Indian journal of veterinary science and animal husbandry - Volume 7,
Year: 1937
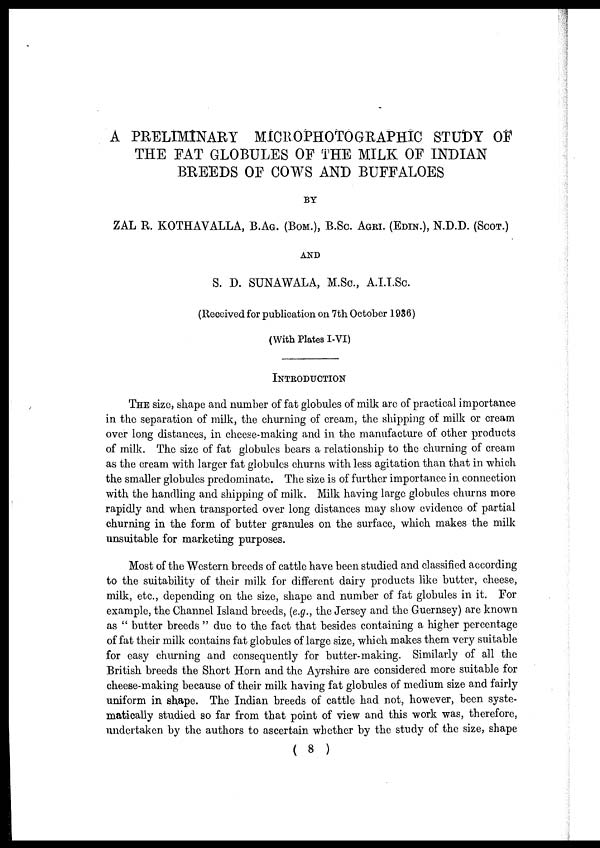
A PRELIMINARY MICROPHOTOGRAPHIC STUDY OF
THE FAT GLOBULES OF THE MILK OF INDIAN
BREEDS OF COWS AND BUFFALOES
BY
ZAL R. KOTHAVALLA, B.AG. (BOM.), B.SC. AGRI. (EDIN.), N.D.D. (SCOT.)
AND
S. D. SUNAWALA, M.Sc., A.I.I.Sc.
(Received for publication on 7th October 1936)
(With Plates I-VI)
INTRODUCTION
THE size, shape and number of fat globules of milk are of practical importance
in the separation of milk, the churning of cream, the shipping of milk or cream
over long distances, in cheese-making and in the manufacture of other products
of milk. The size of fat globules bears a relationship to the churning of cream
as the cream with larger fat globules churns with less agitation than that in which
the smaller globules predominate. The size is of further importance in connection
with the handling and shipping of milk. Milk having large globules churns more
rapidly and when transported over long distances may show evidence of partial
churning in the form of butter granules on the surface, which makes the milk
unsuitable for marketing purposes.
Most of the Western breeds of cattle have been studied and classified according
to the suitability of their milk for different dairy products like butter, cheese,
milk, etc., depending on the size, shape and number of fat globules in it. For
example, the Channel Island breeds, (e.g., the Jersey and the Guernsey) are known
as " butter breeds " due to the fact that besides containing a higher percentage
of fat their milk contains fat globules of large size, which makes them very suitable
for easy churning and consequently for butter-making. Similarly of all the
British breeds the Short Horn and the Ayrshire are considered more suitable for
cheese-making because of their milk having fat globules of medium size and fairly
uniform in shape. The Indian breeds of cattle had not, however, been syste-
matically studied so far from that point of view and this work was, therefore,
undertaken by the authors to ascertain whether by the study of the size, shape
( 8 )